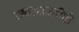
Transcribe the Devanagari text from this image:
अषटमहासीधी